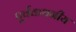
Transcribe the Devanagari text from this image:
पूर्वकथनीय